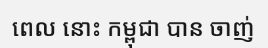
ពេល នោះ កម្ពុជា បាន ចាញ់